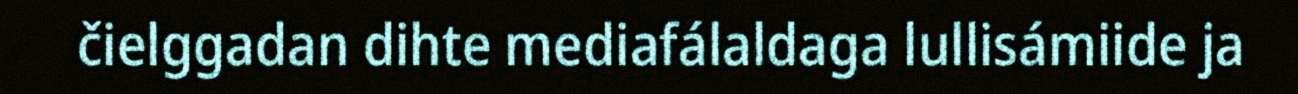
čielggadan dihte mediafálaldaga lullisámiide ja